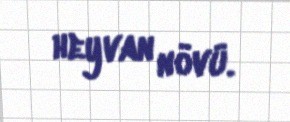
heyvan növü.